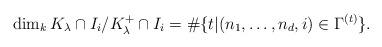
LaTeX: \begin{align*}\dim_kK_{\lambda}\cap I_i/K_{\lambda}^+\cap I_i=\#\{t|(n_1,\ldots,n_d,i)\in \Gamma^{(t)}\}.\end{align*}